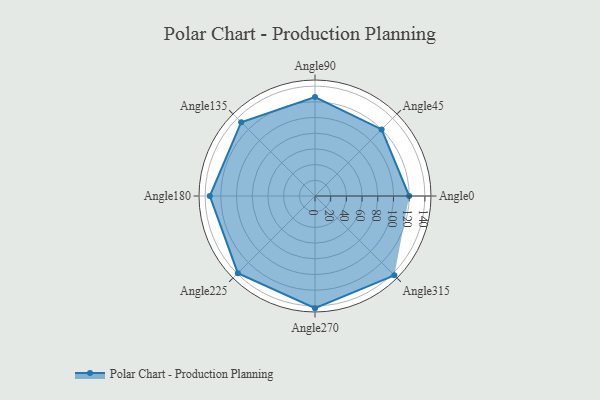
{"axis": {"x": "Angle", "y": "Radius"}, "legend": [""], "data": [{"x": "Angle0", "y": 120.0, "type": ""}, {"x": "Angle45", "y": 120.0, "type": ""}, {"x": "Angle90", "y": 126.0, "type": ""}, {"x": "Angle135", "y": 133.0, "type": ""}, {"x": "Angle180", "y": 134.0, "type": ""}, {"x": "Angle225", "y": 139.0, "type": ""}, {"x": "Angle270", "y": 143.0, "type": ""}, {"x": "Angle315", "y": 143.0, "type": ""}]}